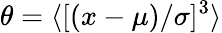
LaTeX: \theta=\langle[(x-\mu)/\sigma]^{3}\rangle